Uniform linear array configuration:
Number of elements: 48
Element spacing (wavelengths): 1
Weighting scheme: uniform
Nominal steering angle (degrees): -15
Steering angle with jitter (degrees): -16.109
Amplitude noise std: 0.05
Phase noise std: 0.05

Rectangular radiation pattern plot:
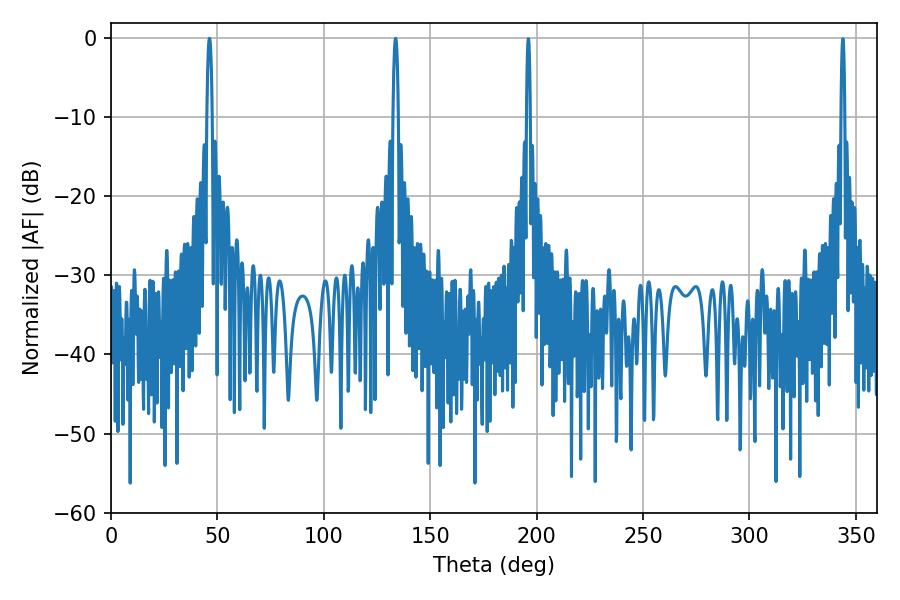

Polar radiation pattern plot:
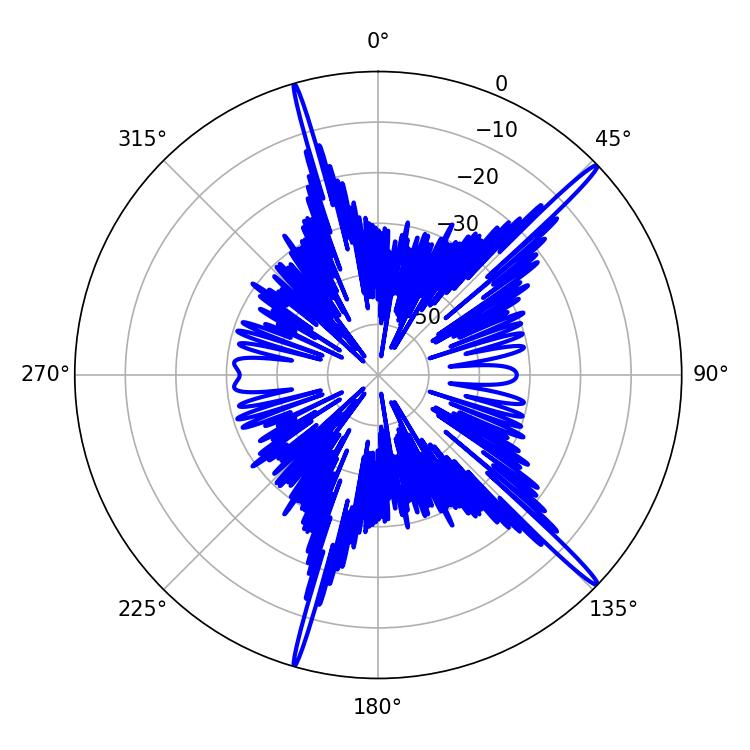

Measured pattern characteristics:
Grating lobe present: TRUE
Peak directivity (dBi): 18.066
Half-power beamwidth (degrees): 1.44
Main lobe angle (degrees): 46.26